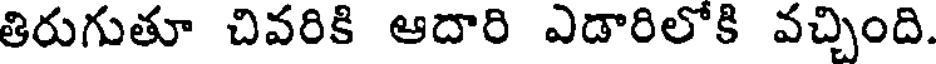
తిరుగుతూ చివరికి ఆదారి ఎడారిలోకి వచ్చింది.